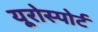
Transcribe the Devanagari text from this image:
यूरोस्पोर्ट